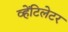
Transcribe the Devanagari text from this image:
व्हेंटिलेटर